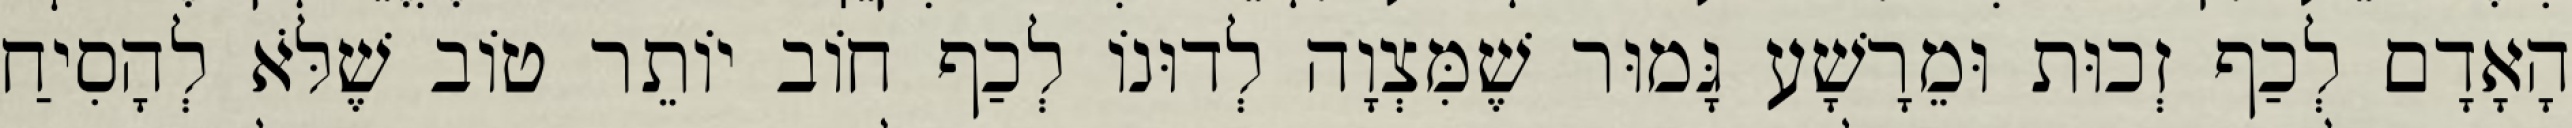
הָאָדָם לְכַף זְכוּת וּמֵרָשָׁע גָּמוּר שֶׁמִּצְוָה לְדוּנוֹ לְכַף חוֹב יוֹתֵר טוֹב שֶׁלֹּא לְהָסִיחַ